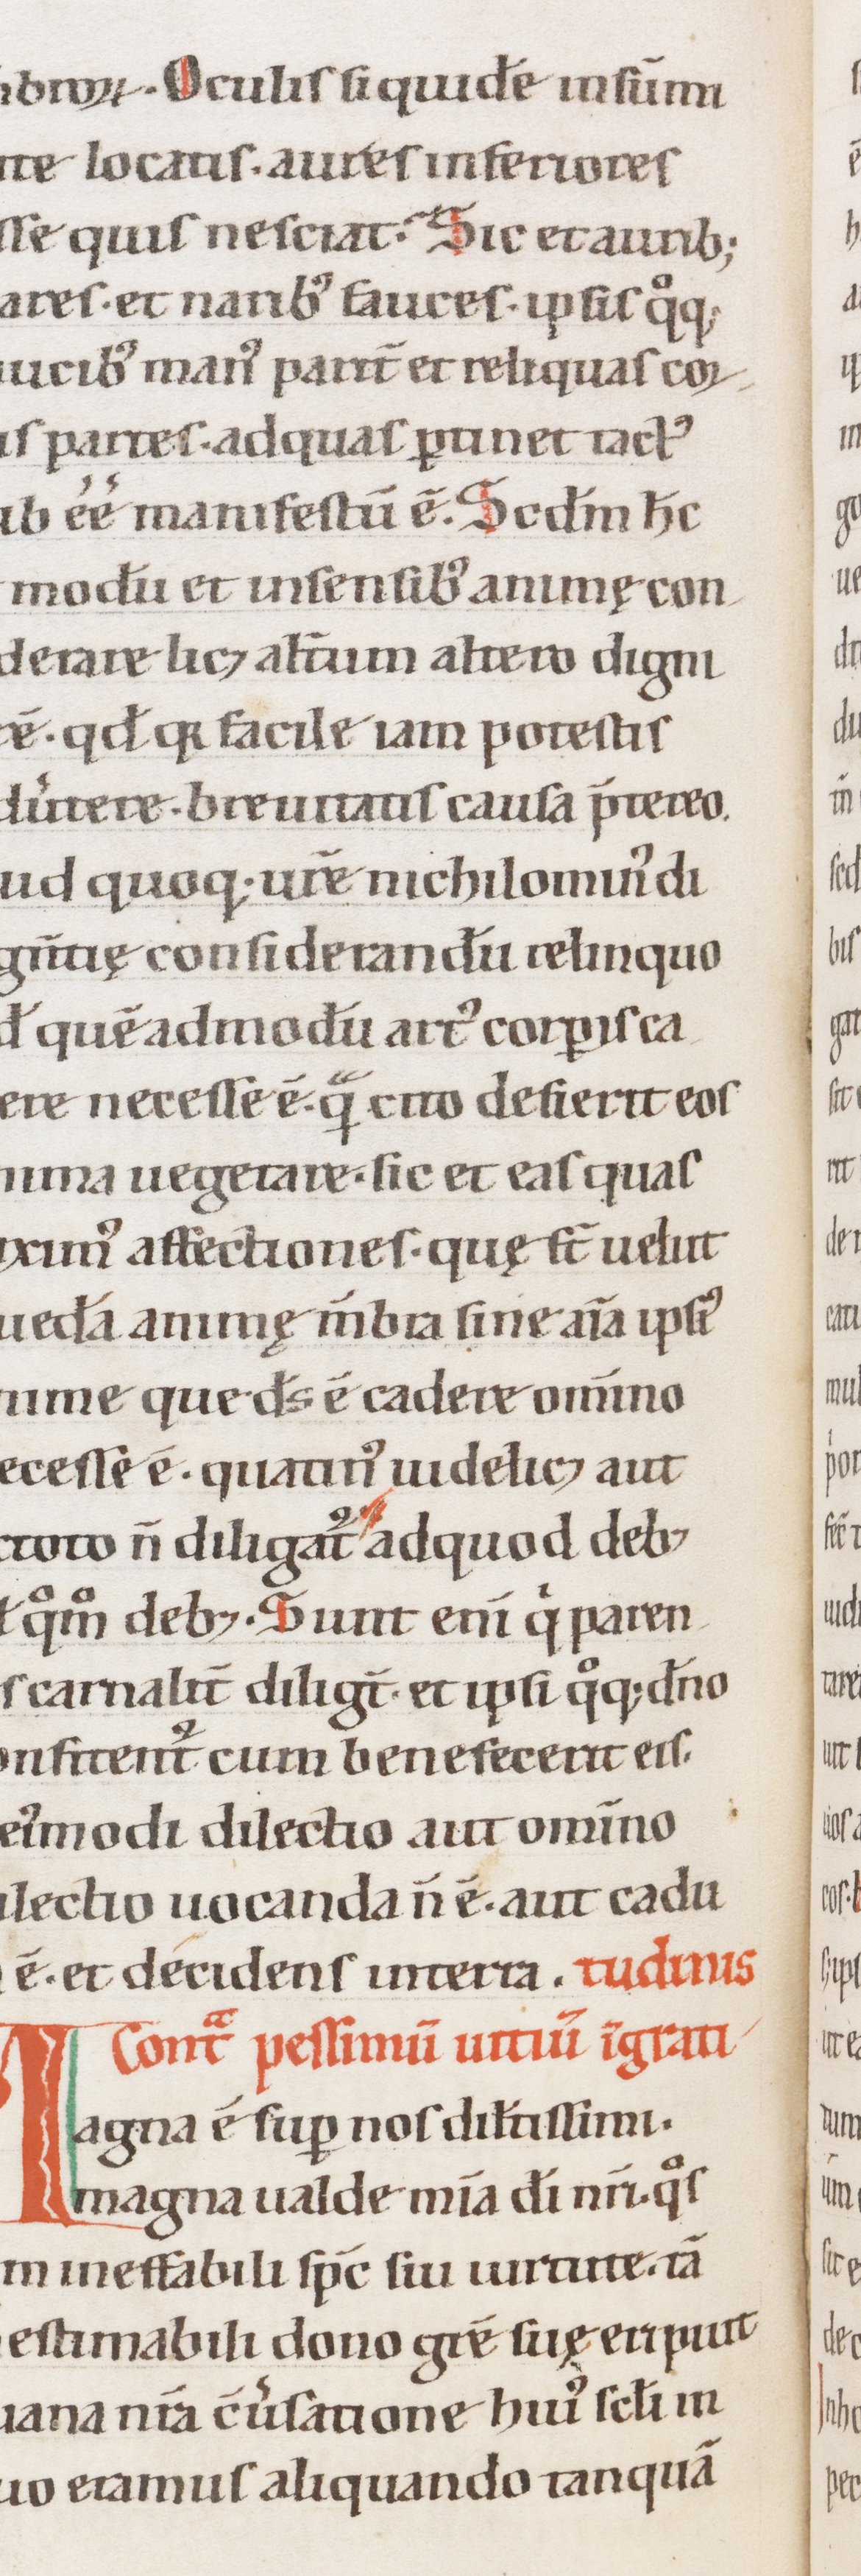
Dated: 1100–1199